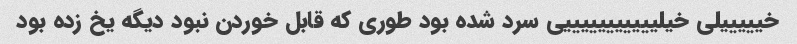
خیییییلی خیلیییییییییییی سرد شده بود طوری که قابل خوردن نبود دیگه یخ زده بود